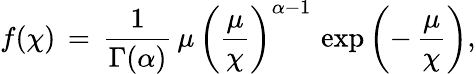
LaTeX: f(\chi)\, =\, \frac{1}{\Gamma(\alpha)}\, \mu\, \left(\frac{\mu}{\chi}\right)^{\alpha-1}\, \exp\left(-\, \frac{\mu}{\chi}\right),